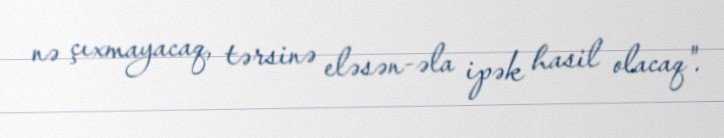
nə çıxmayacaq, tərsinə eləsən-əla ipək hasil olacaq".